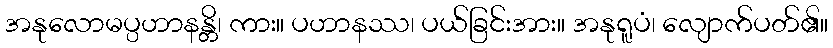
အနုလောမပ္ပဟာနန္တိ၊ ကား။ ပဟာနဿ၊ ပယ်ခြင်းအား။ အနုရူပံ၊ လျောက်ပတ်၏။